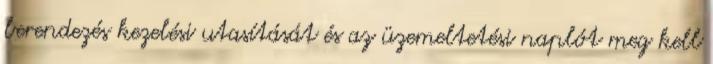
berendezés kezelési utasítását és az üzemeltetési naplót meg kell